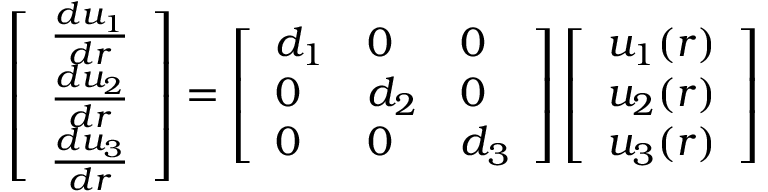
\left[ \begin{array} { l } { \frac { d u _ { 1 } } { d r } } \\ { \frac { d u _ { 2 } } { d r } } \\ { \frac { d u _ { 3 } } { d r } } \end{array} \right] = \left[ \begin{array} { l l l } { d _ { 1 } } & { 0 } & { 0 } \\ { 0 } & { d _ { 2 } } & { 0 } \\ { 0 } & { 0 } & { d _ { 3 } } \end{array} \right] \left[ \begin{array} { l } { u _ { 1 } ( r ) } \\ { u _ { 2 } ( r ) } \\ { u _ { 3 } ( r ) } \end{array} \right]